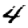
Digit: 4